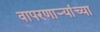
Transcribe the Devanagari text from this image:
वापरणाऱ्यांच्या